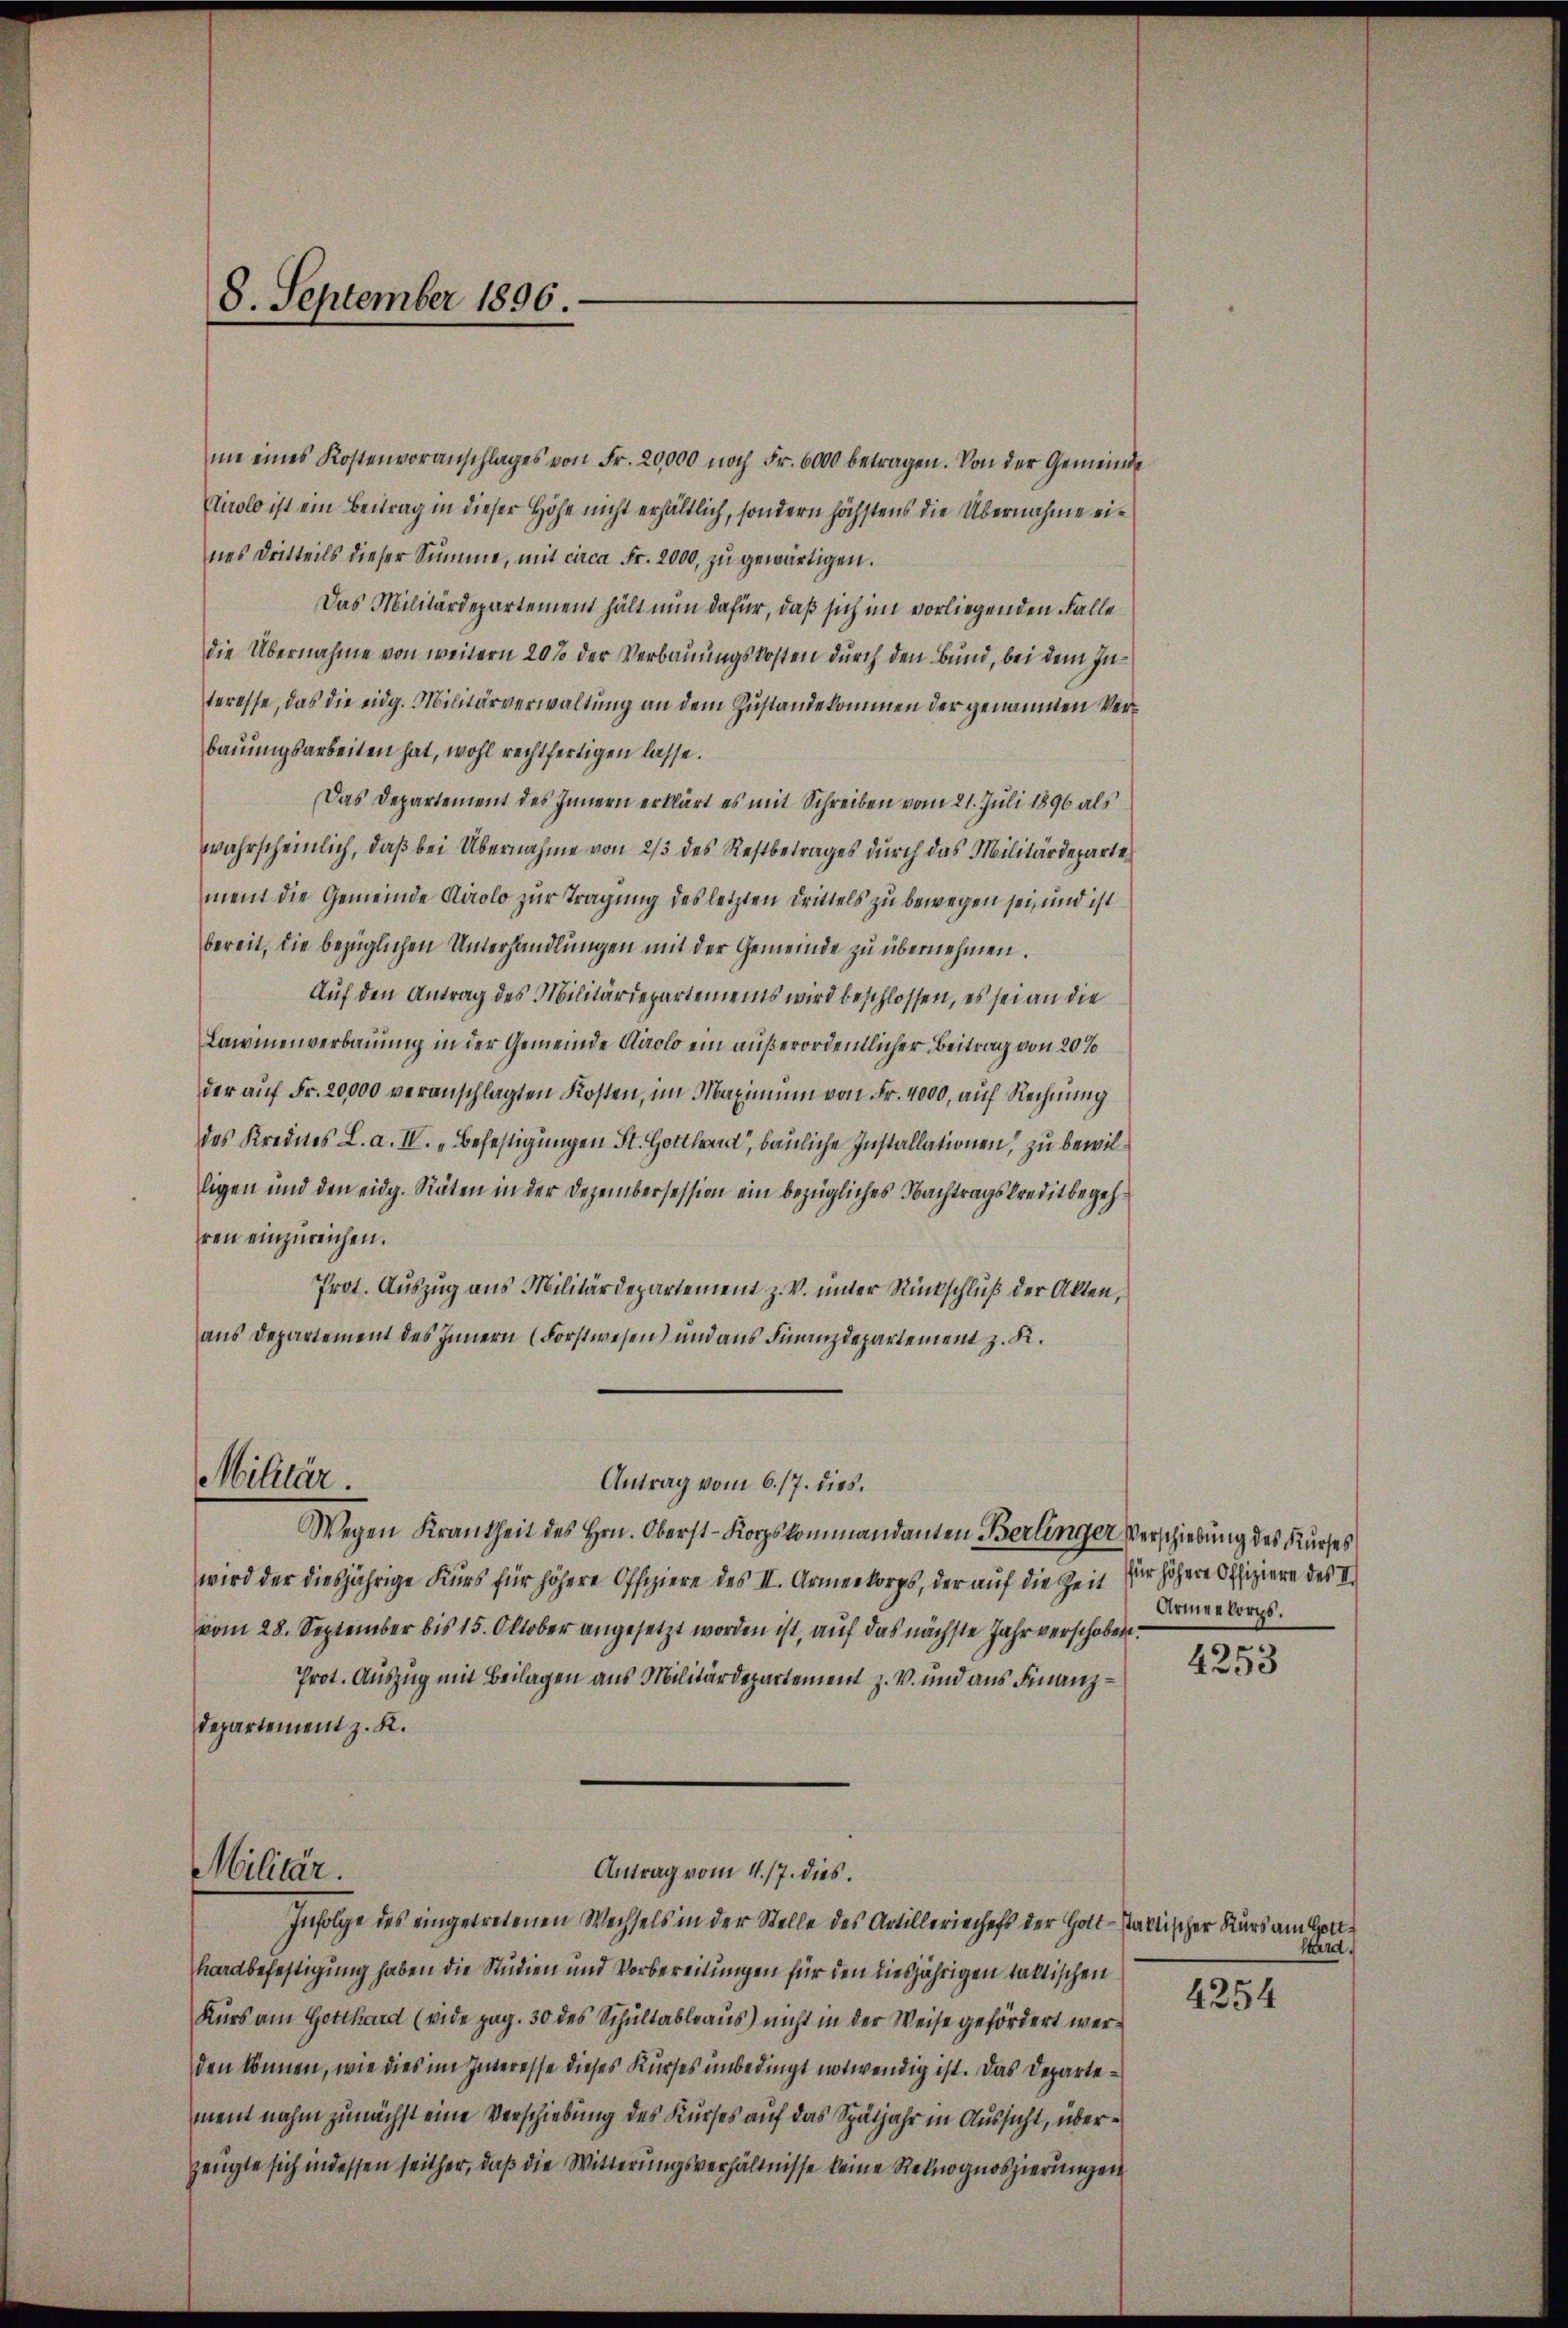
8. September 1896.

nie eines Kostenvoranschlages von Fr. 20,000 noch Fr. 6000 betragen. Von der Gemeinde
Airolo ist ein Beitrag in dieser Höhe nicht erhältlich, sondern höchstens die Übernahme eines Dritteils dieser Summe, mit circa Fr. 2000, zu gewärtigen.
Das Militärdepartement hält nun dafür, daß sich im vorliegenden Falle
die Übernahme von weitern 20 % der Verbauungskosten durch den Bund, bei dem Interesse, das die eidg. Militärverwaltung an dem Zustandekommen der genannten Verbauungsarbeiten hat, wohl rechtfertigen lasse.
Das Departement des Innern erklärt es mit Schreiben vom 21. Juli 1896 als
wahrscheinlich, daß bei Übernahme von 2/3 des Restbetrages durch das Militärdepartement die Gemeinde Airolo zur Tragung des letzten Drittels zu bewegen sei, und ist
bereit, die bezüglichen Unterhandlungen mit der Gemeinde zu übernehmen.
Auf den Antrag des Militärdepartements wird beschlossen, es sei an die
Lawinenverbauung in der Gemeinde Arols ein außerordentlicher Beitrag von 20%
der aŭf Fr. 20,000 veranschlagten Kosten, im Maximum von Fr. 4000, auf Rechnung
des Kreines L. a. IV. „Befestigungen St. Gott, bauliche Installationen, zu bewilligen und den eidg. Räten in der Dezembersession ein bezügliches Nachtragskreditbegehren einzureichen.
Prot. Auszug aus Militärdepartement z. V. unter Rückschluß der Akten,
aus Departement des Innern (Forstwesen) und aus Finanzdepartement z. K.
Militär.
Antrag vom 6. 17. dies
Wegen Krankheit des Hrn. Oberst-Korpskommandanten Berlinger Verschiebung des Kurses
wird der diesjährige Kurs für höhere Offiziere des II. Armeekorps, der auf die Zeit
vom 28. September bis 15. Oktober angesetzt worden ist, auf das nächste Jahr verschoben.
Prot. Auszug mit Beilagen aus Militärdepartement z. V. und aus Finanz¬
Departement z. K.

Militär.
Antrag vom 4. 17. dies.
Infolge des eingetretenen Wechsels in der Stelle des Artilleriechefs der Holt-staktischer Kurs am Gott¬

hardbefestigung haben die Studien und Vorbereitungen für den diesjährigen taktischen
Kurs am Gotthard (vide pag. 30 des Schultableaus) nicht in der Weise gefördert werden können, wie dies im Interesse dieses Kurses unbedingt notwendig ist. Das Departement nahm zunächst eine Verschiebung des Kurses auf das Spätjahr in Aussicht, überzeugte sich indessen seither, daß die Witterungsverhältnisse keine Rekognoszierungen

für höhere Offiziere des II
Armeekorps.

4253

hard.

4254